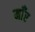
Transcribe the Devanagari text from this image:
माँर